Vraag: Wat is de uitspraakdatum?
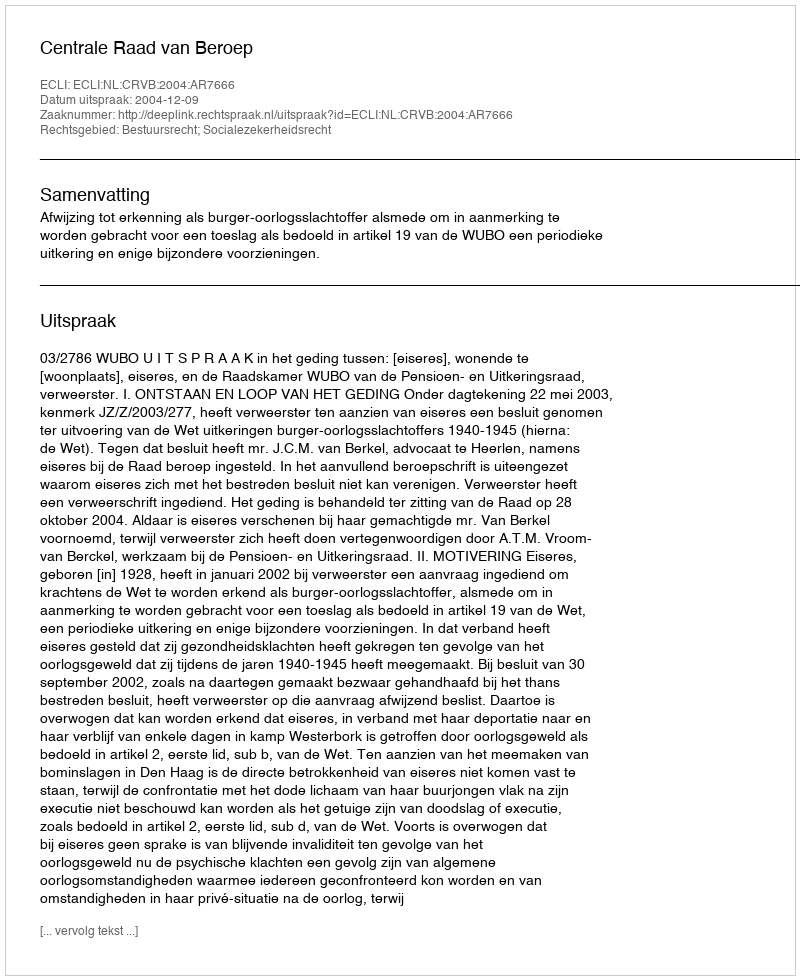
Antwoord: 2004-12-09